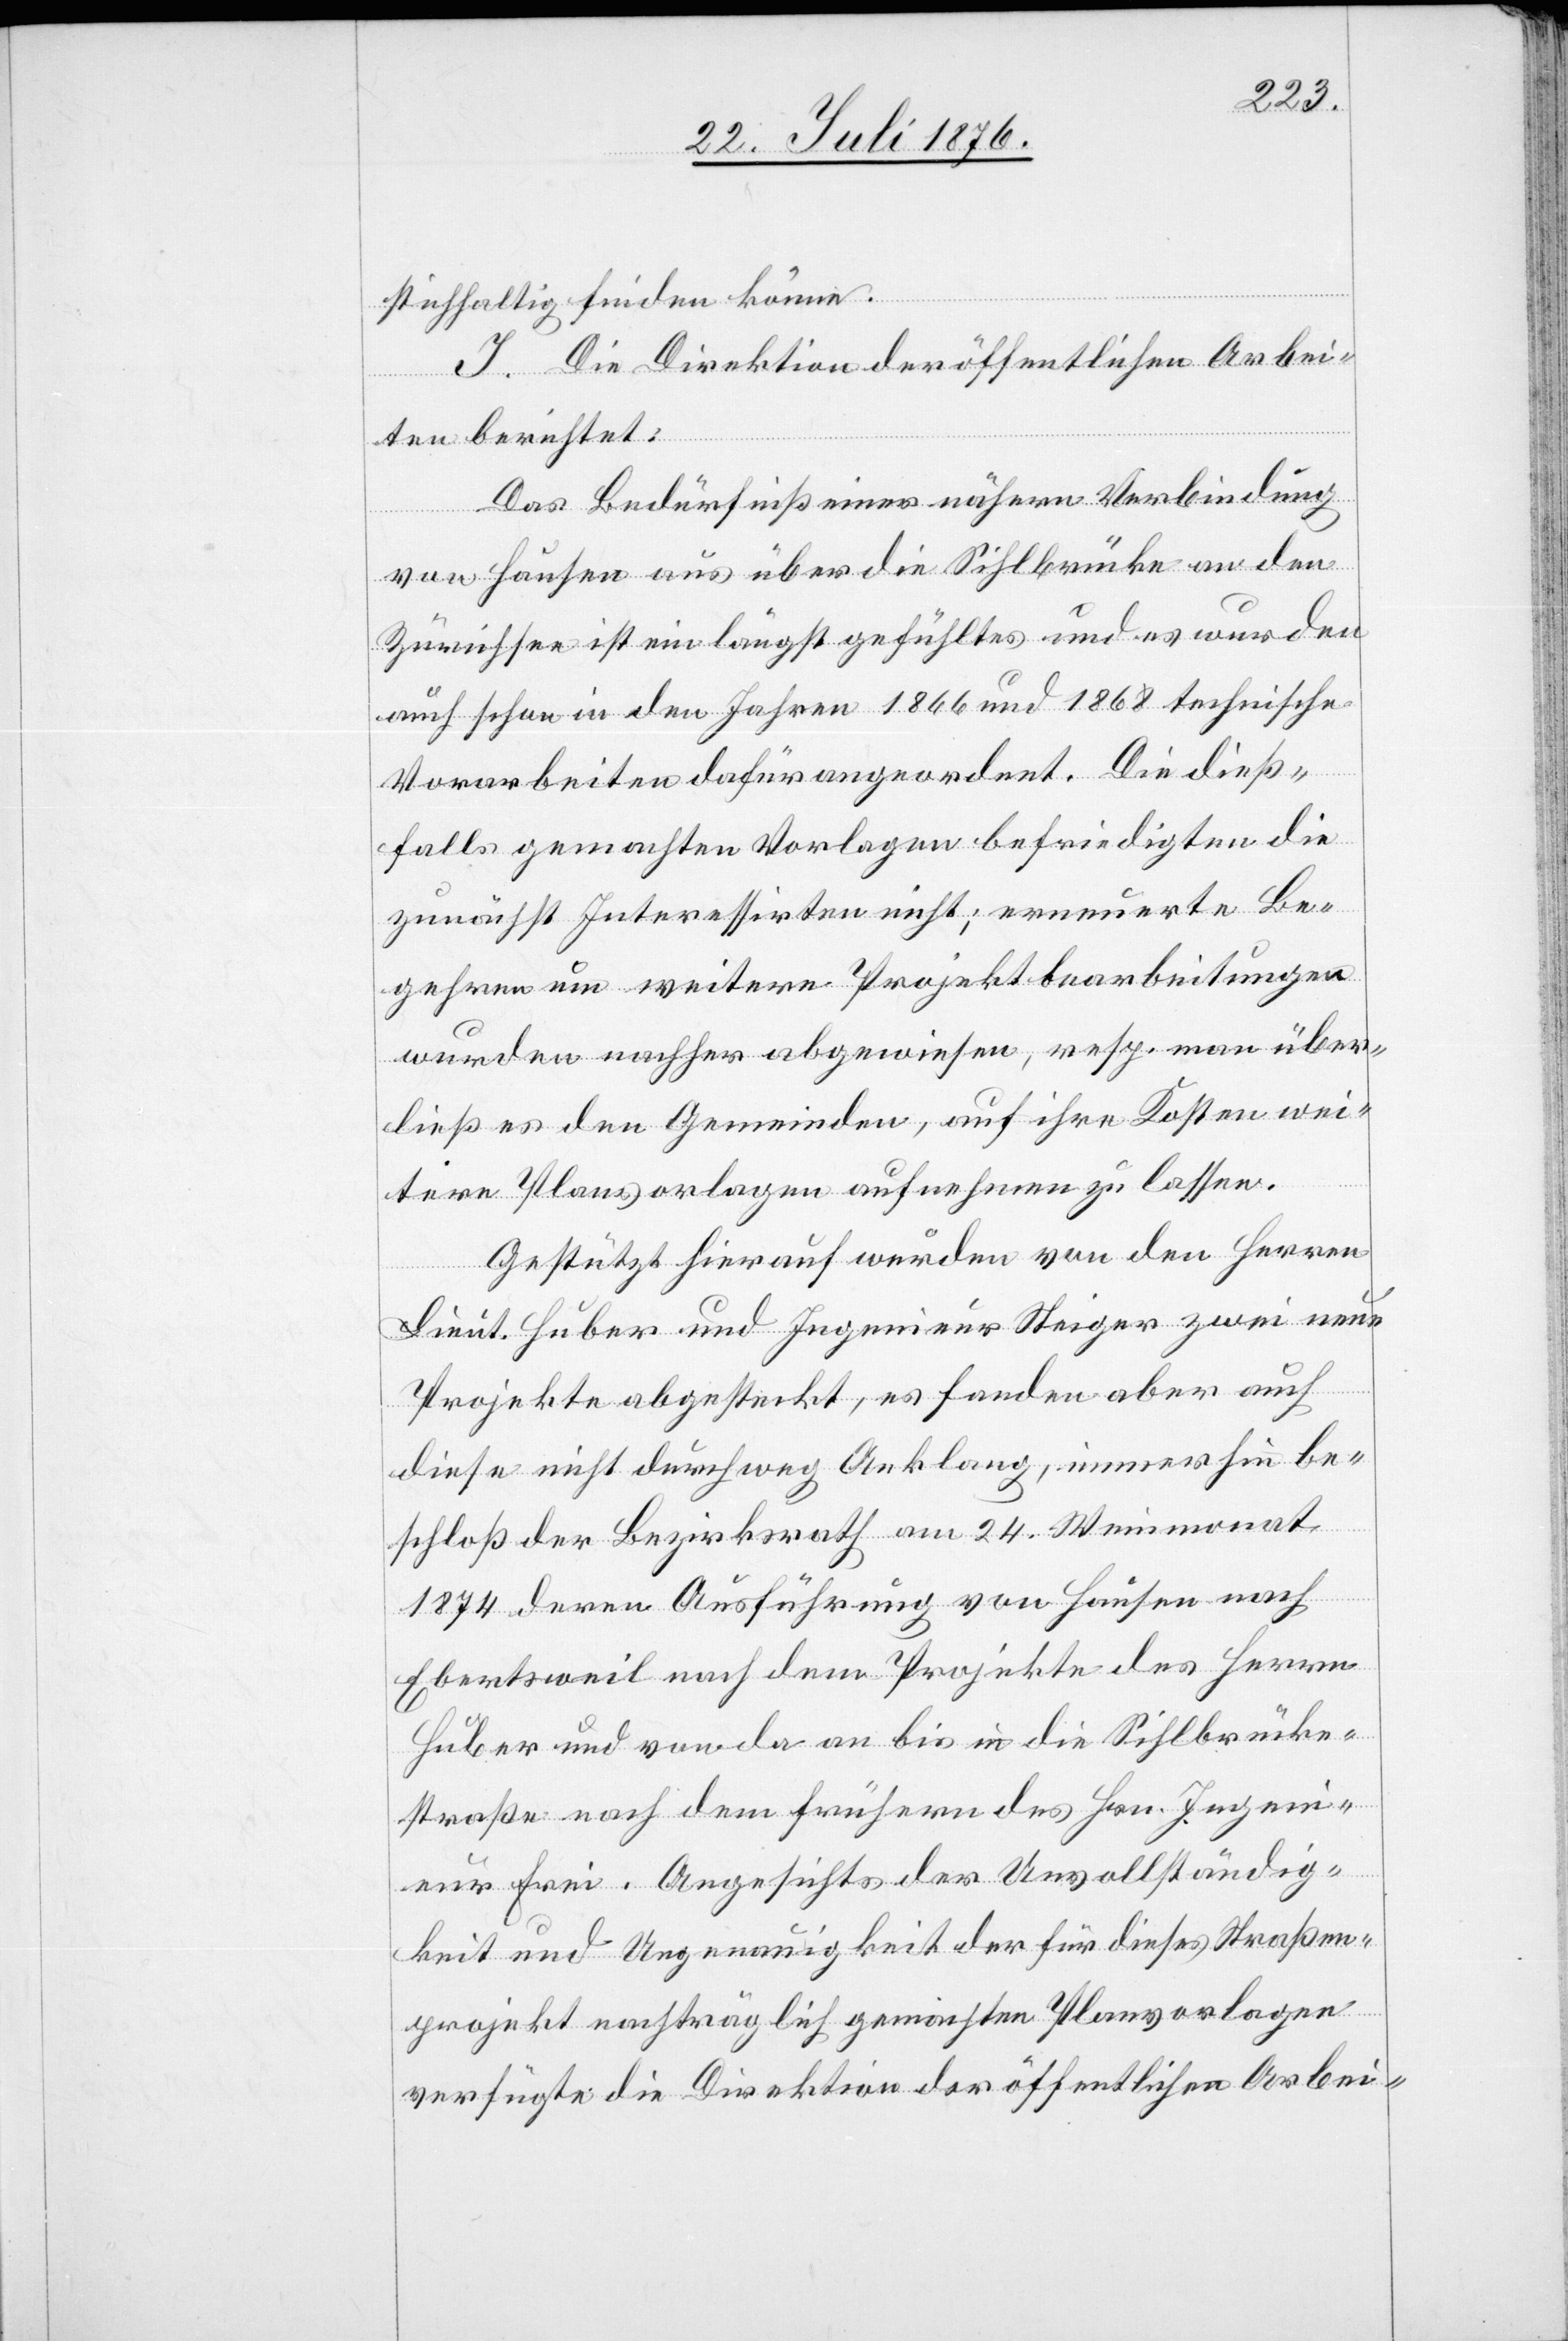
stichhaltig finden könne.
I. Die Direktion der öffentlichen Arbei¬
ten berichtet:
Das Bedürfniß einer nähern Verbindung
von Hausen aus über die Sihlbrücke an den
Zürichsee ist ein längst gefühltes und es wurden
auch schon in den Jahren 1866 und 1868 technische
Vorarbeiten dafür angeordnet. Die dieß¬
falls gemachten Vorlagen befriedigten die
zunächst Interessirten nicht; erneuerte Be¬
gehren um weitere Projektbearbeitungen
wurden nachher abgewiesen, resp. man über¬
ließ es den Gemeinden, auf ihre Kosten wei¬
tere Planvorlagen aufnehmen zu lassen.
Gestützt hierauf wurden von den Herren
Lieut. Huber und Ingenieur Steiger zwei neue
Projekte abgesteckt, es fanden aber auch
diese nicht durchweg Anklang, immerhin be¬
schloß der Bezirksrath am 24. Weinmonat
1874 deren Ausführung von Hausen nach
Ebertsweil nach dem Projekte des Herrn
Huber und von da an bis in die Sihlbrücke¬
straße [sic!] nach dem frühern des Hrn. Ingen¬
ieur Frei Angesichts der Unvollständig¬
keit und Ungenauigkeit der für dieses Straßen¬
projekt nachträglich gemachten Planvorlagen
verfügte die Direktion der öffentlichen Arbei-